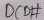
Text: DCD#